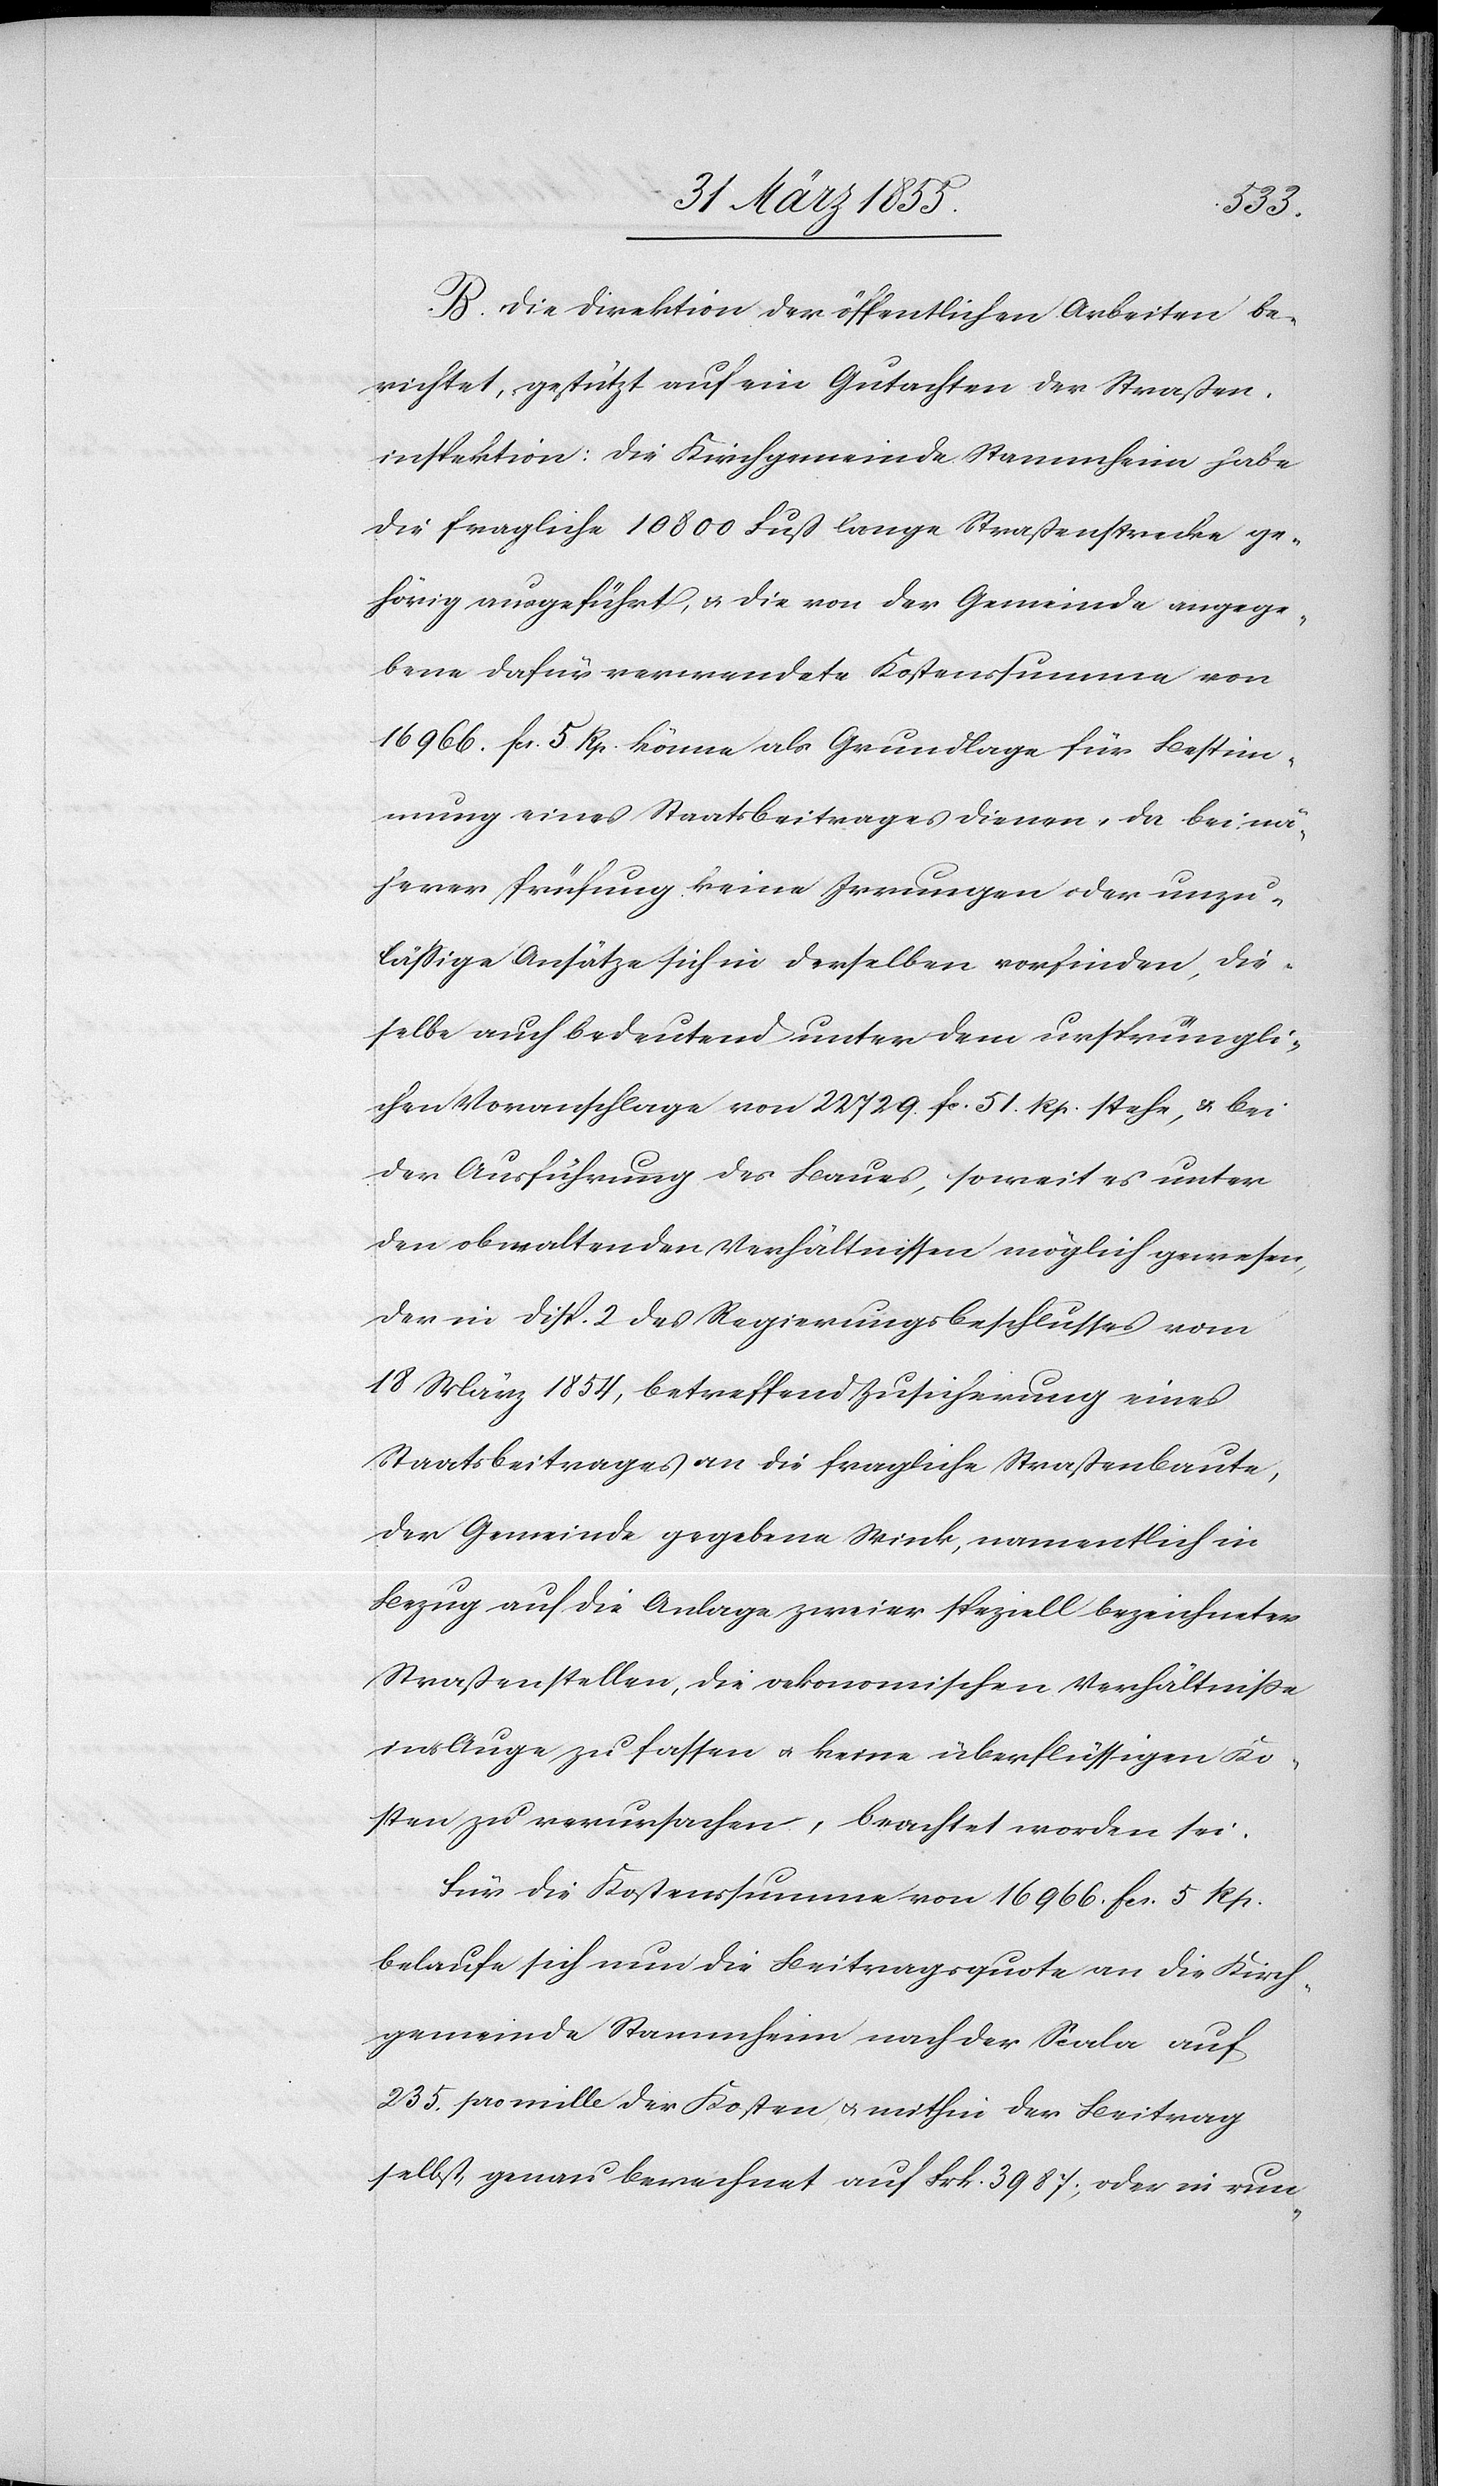
B. Die Direktion der öffentlichen Arbeiten be¬
richtet, gestützt auf ein Gutachten der Straßen¬
inspektion: Die Kirchgemeinde Stammheim habe
die fragliche 10 800 Fuß lange Straßenstrecke ge¬
hörig ausgeführt, & die von der Gemeinde angege¬
bene dafür verwendete Kostenssumme von
16 966. Fcs. 5. Rp. könne als Grundlage für Bestim¬
mung eines Staatsbeitrages dienen, da bei nä¬
herer Prüfung keine Irrungen oder unzu¬
lässige Ansätze sich in derselben vorfinden, die¬
selbe auch bedeutend unter dem ursprüngli¬
chen Voranschlage von 22 729. Fc[s]. 51. Rp. stehe, & bei
der Ausführung des Baues, soweit es unter
den obwaltenden Verhältnissen möglich gewesen,
der in Disp. 2 des Regierungsbeschlusses vom
18 März 1854, betreffend Zusicherung eines
Staatsbeitrages an die fragliche Straßenbaute,
der Gemeinde gegebene Wink, namentlich in
Bezug auf die Anlage zweier speziell bezeichneter
Straßenstellen, die oekonomischen Verhältnisse
Auge zu fassen & keine überflüssigen Ko¬
sten zu verursachen, beachtet worden sei.
Für die Kostenssumme von 16 966. Fcs. 5 Rp.
belaufe sich nun die Beitragsquote an die Kirch¬
gemeinde Stammheim nach der Scala auf
235. pro mille der Kosten & mithin der Beitrag
selbst, genau berechnet auf Frk. 3987; oder in run-